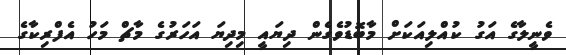
ވެނީލާގެ އަގު ކުއްލިއަކަށް މާބޮޑުވެގެން ދިޔައީ މިދިޔަ އަހަރުގެ މާޗް މަހު އެފްރިކާގެ